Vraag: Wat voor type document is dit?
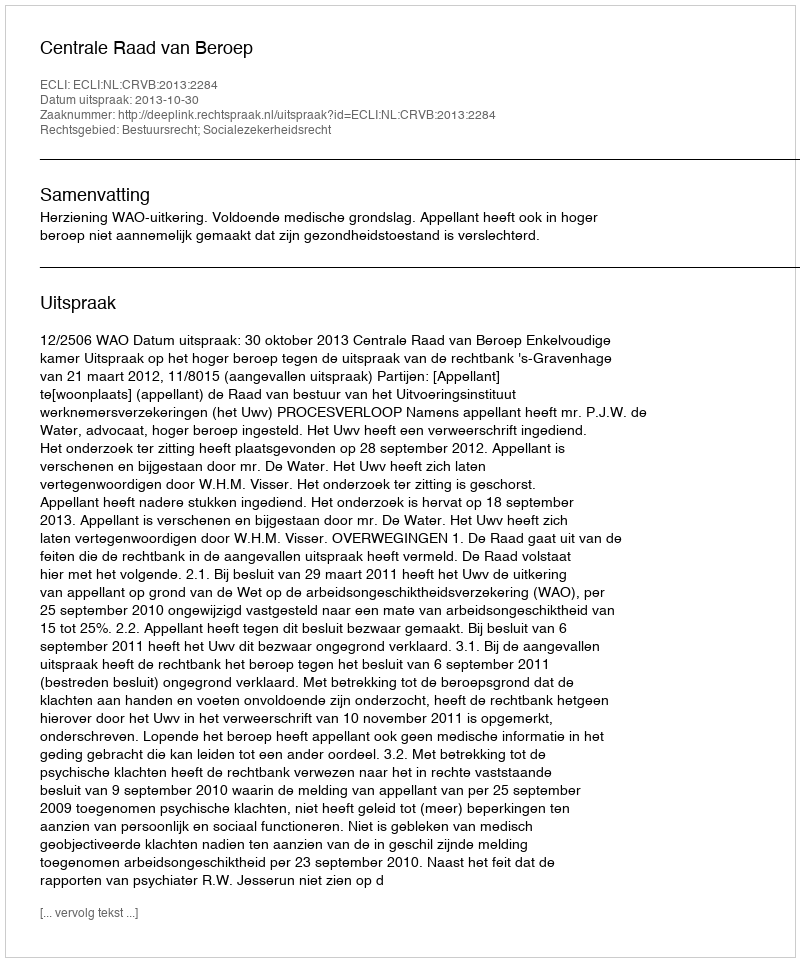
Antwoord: Uitspraak